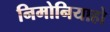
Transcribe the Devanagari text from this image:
निमोनियाहो